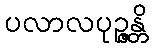
ပလာလပုဉ္ဇန္တိ